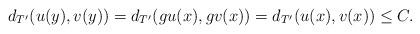
LaTeX: \begin{align*} d_{T'} (u(y),v(y)) = d_{T'} (gu(x),gv(x)) =d_{T'}(u(x), v(x)) \leq C. \end{align*}